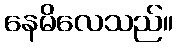
နေမိလေသည်။